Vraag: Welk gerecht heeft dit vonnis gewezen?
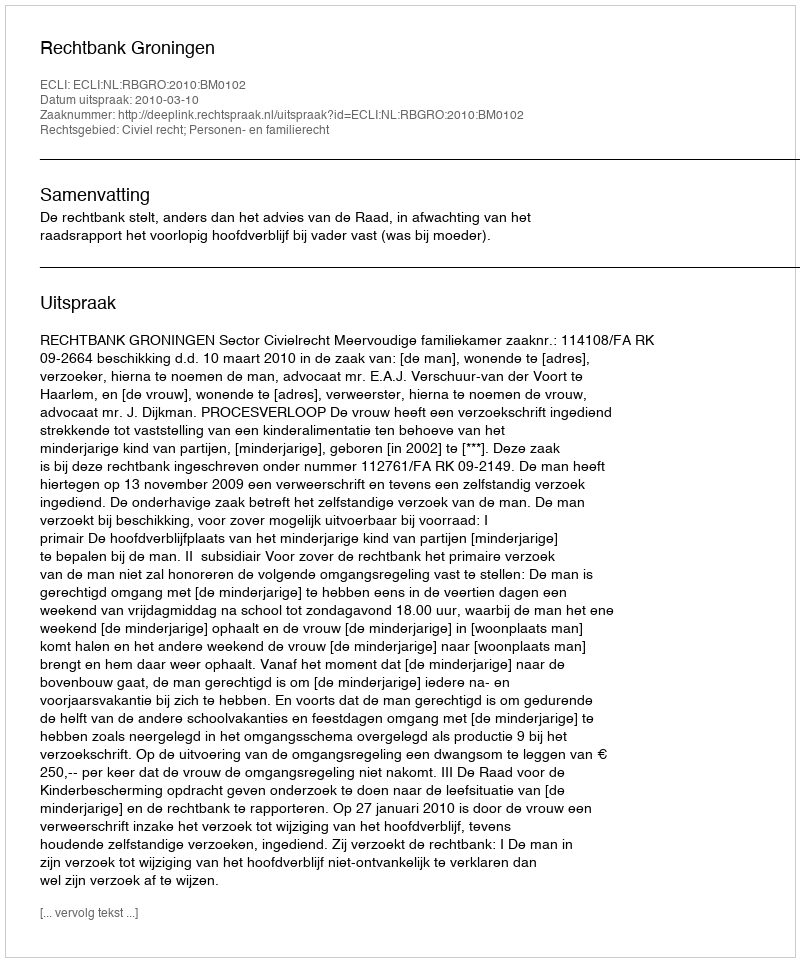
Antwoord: Rechtbank Groningen